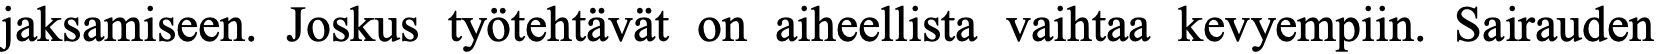
jaksamiseen. Joskus työtehtävät on aiheellista vaihtaa kevyempiin. Sairauden